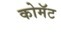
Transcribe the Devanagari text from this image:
कोमॅट